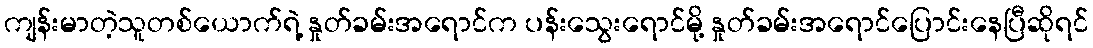
ကျန်းမာတဲ့သူတစ်ယောက်ရဲ့ နှုတ်ခမ်းအရောင်က ပန်းသွေးရောင်မို့ နှုတ်ခမ်းအရောင်ပြောင်းနေပြီဆိုရင်